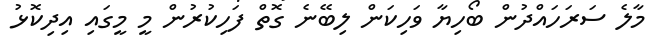
މާލެ ސަރަހައްދުން ބޯހިޔާ ވަހިކަން ލިބޭނެ ގޮތް ފަހިކުރުން މީ މީގައި އިދިކޮޅު